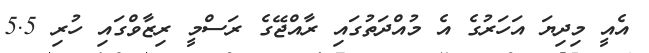
އެއީ މިދިޔަ އަހަރުގެ އެ މުއްދަތުގައި ރާއްޖޭގެ ރަސްމީ ރިޒާވްގައި ހުރި 5.5